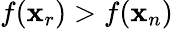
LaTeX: f(\mathbf{x}_{r})>f(\mathbf{x}_{n})